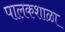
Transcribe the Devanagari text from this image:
पालकशाळा